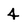
Character: 4